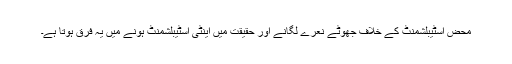
محض اسٹیبلشمنٹ کے خلاف جھوٹے نعرے لگانے اور حقیقت میں اینٹی اسٹیبلشمنٹ ہونے میں یہ فرق ہوتا ہے۔